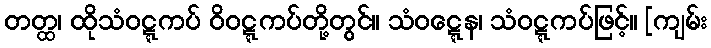
တတ္ထ၊ ထိုသံဝဋ္ဋကပ် ဝိဝဋ္ဋကပ်တို့တွင်။ သံဝဋ္ဋေန၊ သံဝဋ္ဋကပ်ဖြင့်။ [ကျမ်း